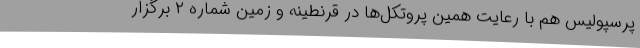
پرسپولیس هم با رعایت همین پروتکل‌ها در قرنطینه و زمین شماره ۲ برگزار